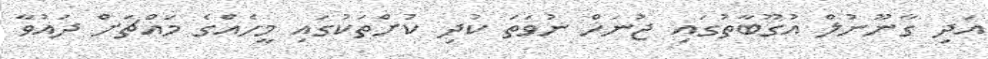
އަދި ގާނޫނުލް އުގޫބާތުގައި ޖުނަހް ނުވަތަ ކުދި ކުށްތަކުގައި މީހެއްގެ މައްޗަށް ދައުވާ